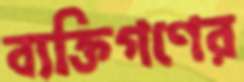
ব্যক্তিগণের